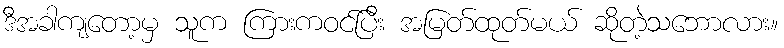
ဒီအခါကျတော့မှ သူက ကြားကဝင်ပြီး အမြတ်ထုတ်မယ် ဆိုတဲ့သဘောလား။